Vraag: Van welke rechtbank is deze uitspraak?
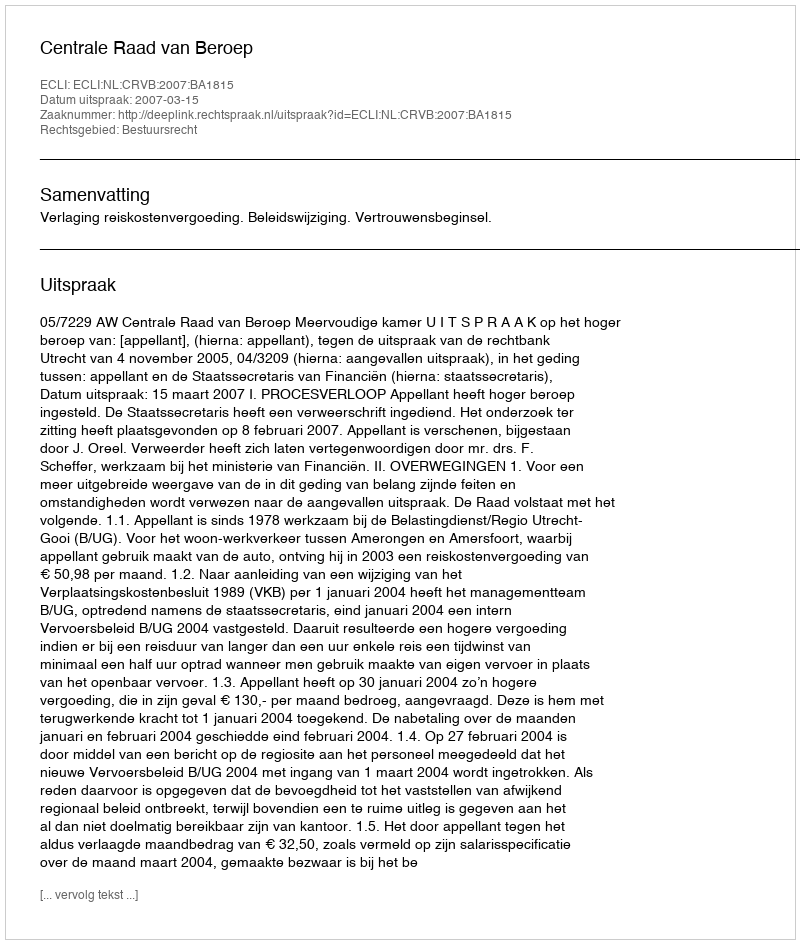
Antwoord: Centrale Raad van Beroep